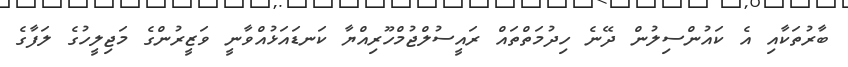
ބާރުތަކާއި އެ ކައުންސިލުން ދޭނެ ހިދުމަތްތައް ރައީސުލްޖުމްހޫރިއްޔާ ކަނޑައަޅުއްވާނީ ވަޒީރުންގެ މަޖިލީހުގެ ލަފާގެ